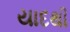
યાદથી